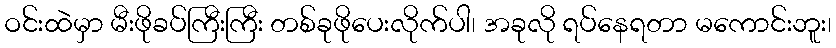
ဝင်းထဲမှာ မီးဖိုခပ်ကြီးကြီး တစ်ခုဖိုပေးလိုက်ပါ၊ အခုလို ရပ်နေရတာ မကောင်းဘူး၊